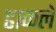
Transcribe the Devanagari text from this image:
ढाळले